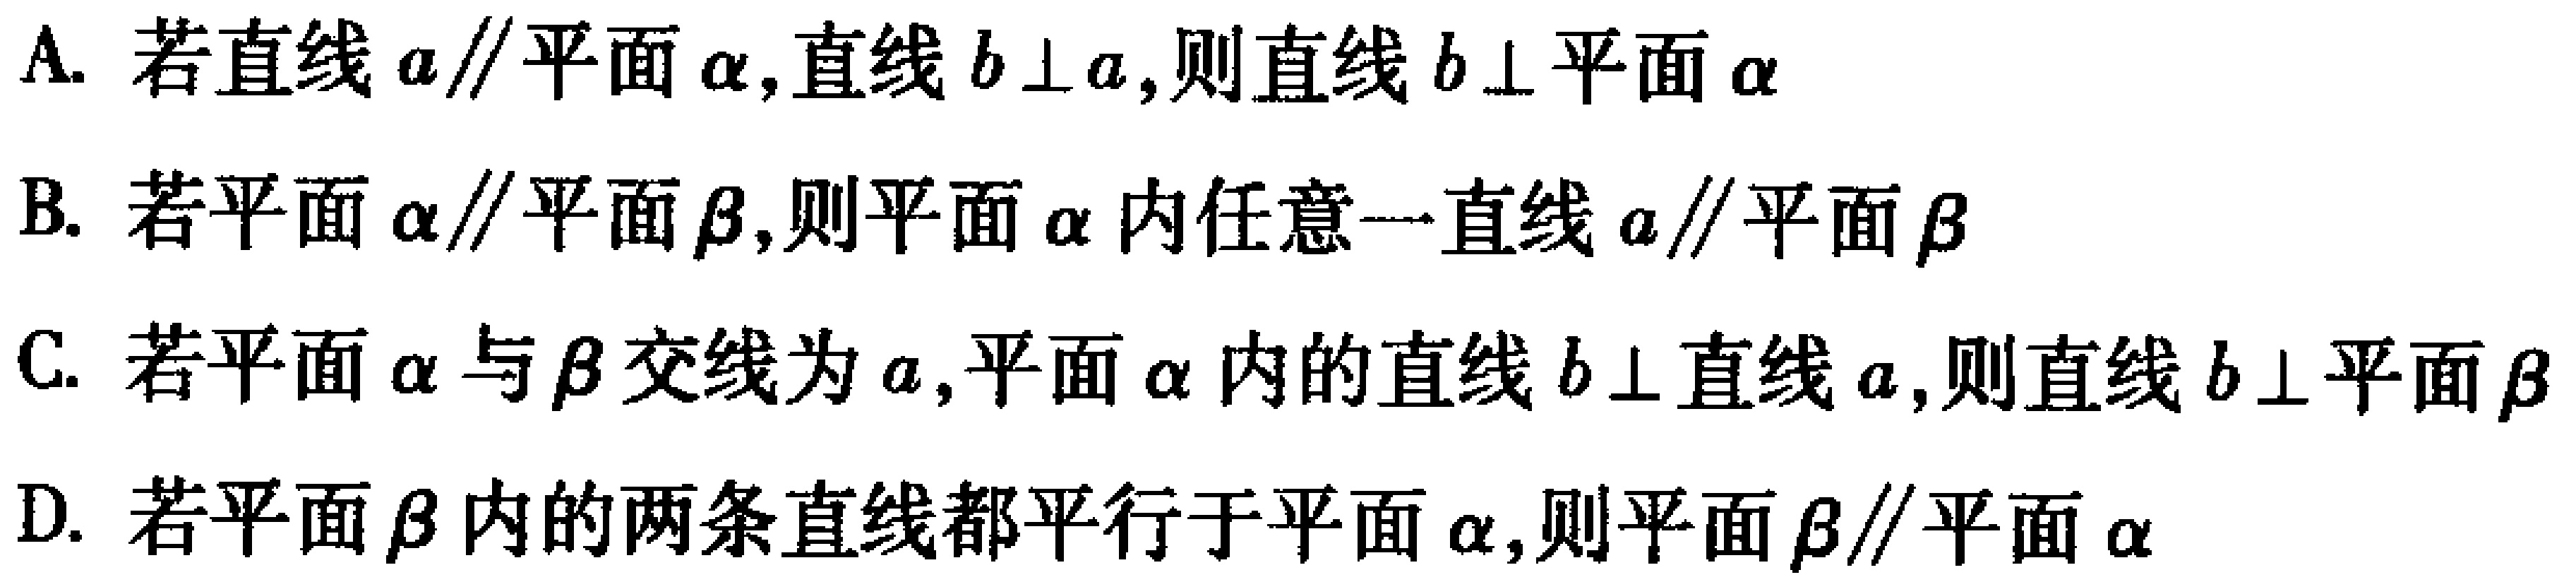
A. 若直线\(a\parallel\)平面\(\alpha\),直线\(b\perp a\),则直线\(b\perp\)平面\(\alpha\)
B. 若平面\(\alpha\parallel\)平面\(\beta\),则平面\(\alpha\)内任意一直线\(a\parallel\)平面\(\beta\)
C. 若平面\(\alpha\)与\(\beta\)交线为\(a\),平面\(\alpha\)内的直线\(b\perp\)直线\(a\),则直线\(b\perp\)平面\(\beta\)
D. 若平面\(\beta\)内的两条直线都平行于平面\(\alpha\),则平面\(\beta\parallel\)平面\(\alpha\)